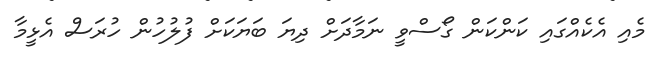
މެއި އެކެއްގައި ކަންކަން ގޯސްވީ ނަމާދަށް ދިޔަ ބަޔަކަށް ފުލުހުން ހުރަސް އެޅީމާ